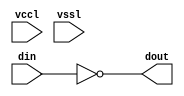
// This program was cloned from: https://github.com/chipsalliance/aib-phy-hardware
// License: Apache License 2.0

// SPDX-License-Identifier: Apache-2.0
// Copyright (C) 2019 Intel Corporation. 
//Verilog HDL for "aibcr_lib", "aibcr_inv_split_align" "verilog"


module aibcr3_inv_split_align ( din, dout, vccl, vssl );

  input din;
  output dout;
  input vssl;
  input vccl;


  assign dout = ~din ;

endmodule